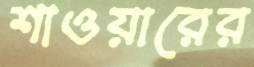
শাওয়ারের